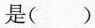
是( )